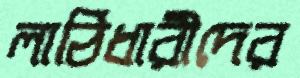
লাঠিধারীদের